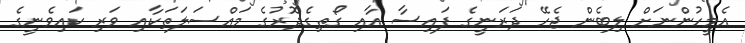
އެމީހުންނަށް ލިބެން ޖެހޭ ދަރަނީގެ ފައިސާ އާއި ގޯތިގެދޮރުގެ މައްސަލަތަކާއި ވަރި ކައިވެނީގެ